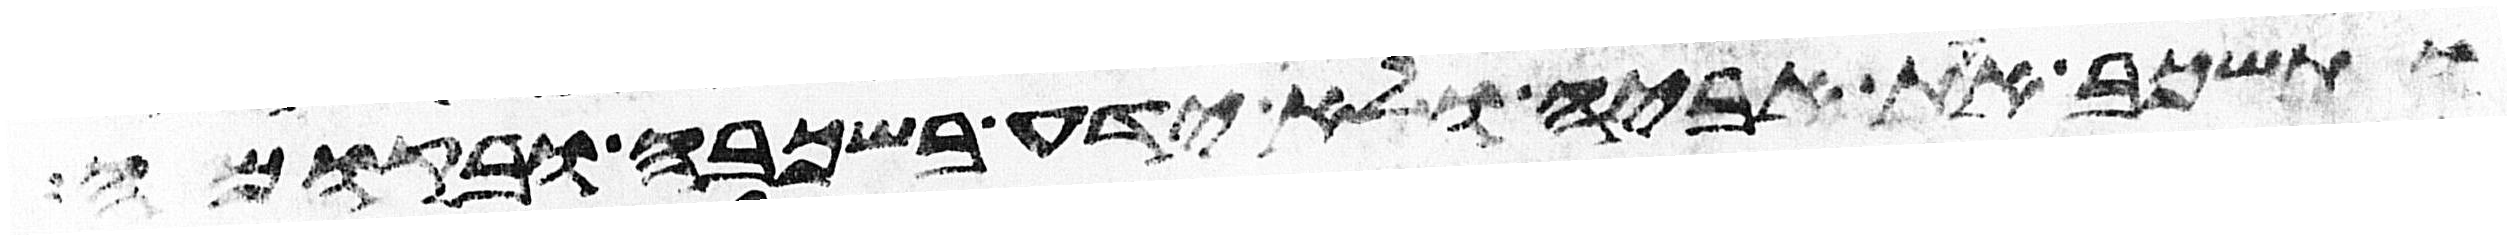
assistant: ותשכב את אביה ולא ידע בשכבה ובקומה